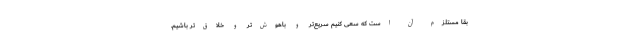
بقا مستلزم آن است که سعی کنیم سریع‌تر و باهوش‌تر و خلاق‌تر باشیم.